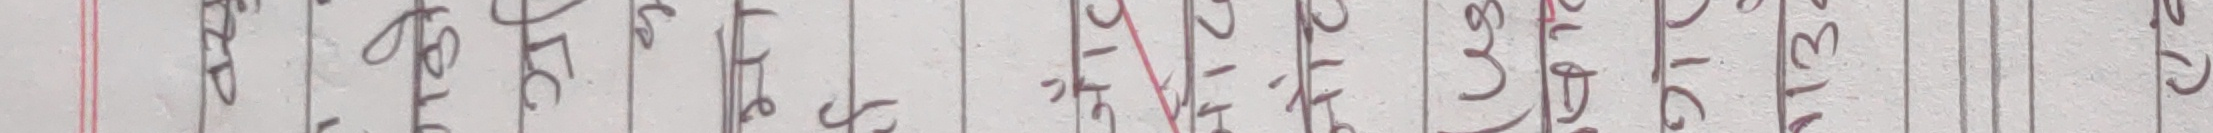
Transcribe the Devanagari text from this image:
अनुसार भेटि